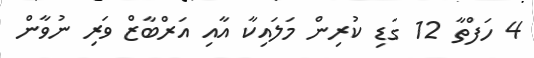
4 ހަފްތާ 12 ގަޑި ކުރިން މަލައިކާ އާއި އަރްބާޒް ވަރި ނުވާން